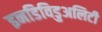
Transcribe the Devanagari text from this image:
इनडिविडुअलिटी